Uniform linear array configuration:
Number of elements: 12
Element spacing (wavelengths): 0.5
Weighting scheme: kaiser
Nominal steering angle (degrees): -45
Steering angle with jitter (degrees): -45.556
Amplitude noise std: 0.05
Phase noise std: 0.05

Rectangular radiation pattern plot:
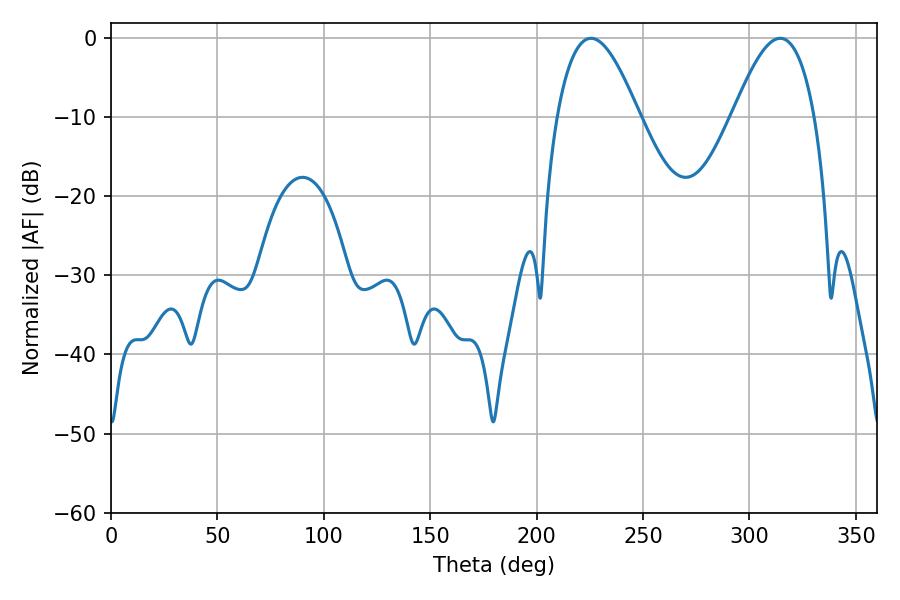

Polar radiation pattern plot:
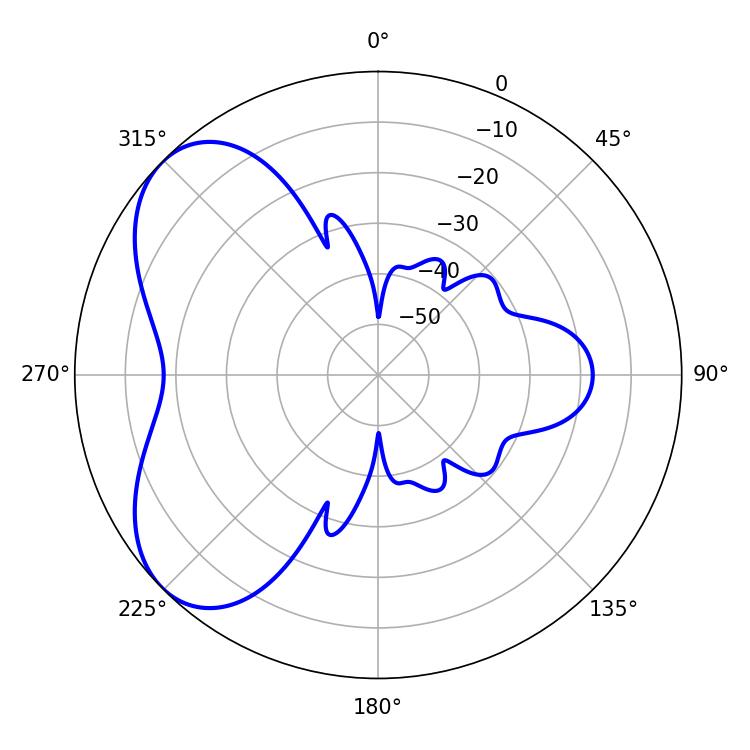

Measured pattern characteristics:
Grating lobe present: FALSE
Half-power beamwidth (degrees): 20.88
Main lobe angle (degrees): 225.54